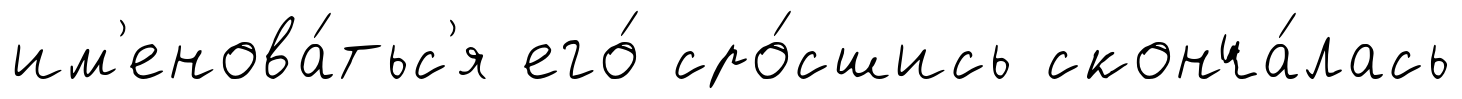
им'енова́тьс'я его́ сро́сшись сконча́лась